Vaccination in Bombay 1856-1862 - 1856-1862
Year: 1856
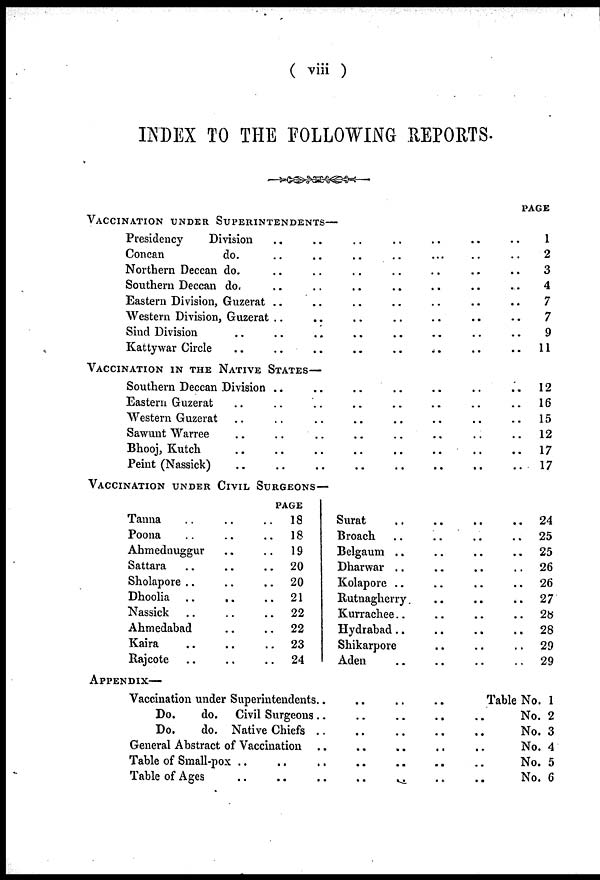
( viii )
INDEX TO THE FOLLOWING REPORTS.
VACCINATION UNDER SUPERINTENDENTS—
Presidency
Division .. .. .. .. .. ..
Concan
do. .. .. .. .. .. ..
Northern Deccan do. .. .. .. .. .. .. ..
Southern Deccan do. .. .. .. .. ..
Eastern Division, Guzerat .. .. .. .. ..
Western Division, Guzerat .. .. .. .. ..
Sind Division .. .. .. .. .. ..
Kattywar Circle .. .. .. .. ..
VACCINATION IN THE NATIVE STATES—
Southern Deccan Division .. .. .. ..
Eastern Guzerat .. .. .. .. .. ..
Western Guzerat .. .. .. .. .. .. ..
Sawunt Warree .. .. .. .. .. ..
Bhooj, Kutch .. .. .. .. .. ..
Peint (Nassick) .. .. .. .. .. ..
VACCINATION UNDER CIVIL SURGEONS—
Tanna .. .. .. ..
Poona .. .. .. ..
Ahmednuggur .. .. .. ..
Sattara .. .. .. .. ..
Sholapore .. .. .. .. ..
Dhoolia .. .. .. .. ..
Nassick .. .. .. ..
Ahmedabad .. .. .. ..
Kaira .. .. .. .. ..
Rajcote .. .. .. ..
PAGE
18
18
19
20
20
21
22
22
23
24
Surat .. .. .. .. ..
Broach .. .. .. ..
Belgaum .. .. .. ..
Dharwar .. .. .. .. ..
Kolapore .. .. .. ..
Rutnagherry .. .. .. ..
Kurrachee .. .. .. ..
Hydrabad .. .. .. .. ..
Shikarpore .. .. .. ..
Aden .. .. .. .. ..
APPENDIX—
Vaccination under Superintendents
..
..
..
..
Do.
do. Civil Surgeons .. .. .. .. ..
Do.
do. Native Chiefs .. .. .. ..
General Abstract of Vaccination .. .. .. ..
Table of Small-pox .. .. .. ..
Table of Ages .. .. .. .. ..
PAGE
1
2
3
4
7
7
9
11
12
16
15
12
17
17
24
25
25
26
26
27
28
28
29
29
Table No. 1
No. 2
No. 3
No. 4
No. 5
No. 6